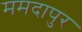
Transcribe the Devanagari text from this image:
ममदापुर